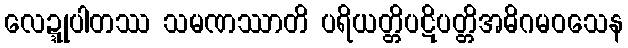
လေဍ္ဍုပါတဿ သမဏဿာတိ ပရိယတ္တိပဋိပတ္တိအဓိဂမဝသေန